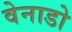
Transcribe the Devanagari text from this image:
वेनाडो